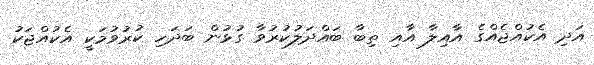
އަދި އެކުއްޖެއްގެ އާއިލާ އާއި ތިބާ ބައްދަލުކުރުވާ ގުޅުން ބަދަހި ކުރުވުމަކީ އެކުއްޖަކު